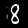
Label: 8